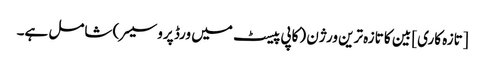
[تازہ کاری] بین کا تازہ ترین ورژن (کاپی پیسٹ میں ورڈ پروسیسر) شامل ہے۔